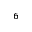
^ { 6 }